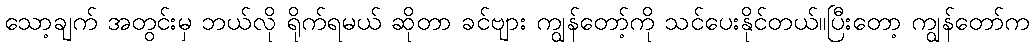
သော့ချက် အတွင်းမှ ဘယ်လို ရိုက်ရမယ် ဆိုတာ ခင်ဗျား ကျွန်တော့်ကို သင်ပေးနိုင်တယ်။ပြီးတော့ ကျွန်တော်က